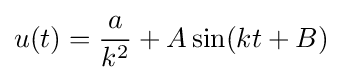
u(t)={\frac {a}{k^{2}}}+A\sin(kt+B)